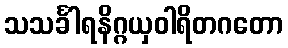
သသင်္ခါရနိဂ္ဂယှဝါရိတဂတော